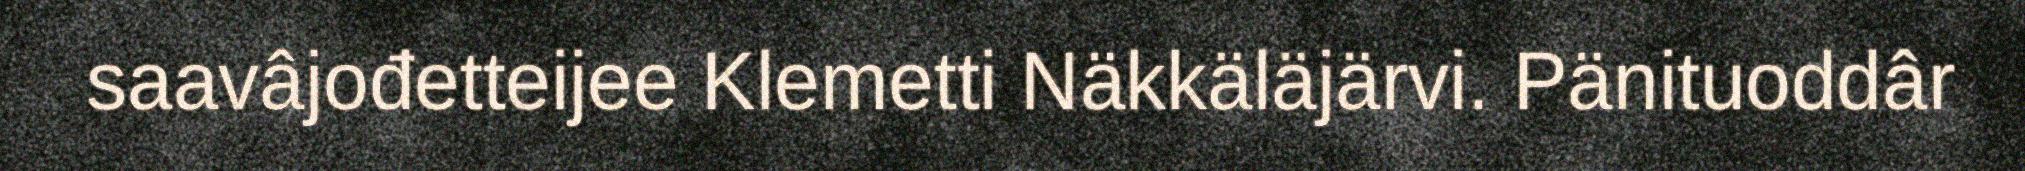
saavâjođetteijee Klemetti Näkkäläjärvi. Pänituoddâr